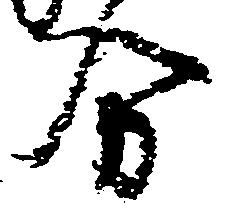
分